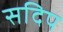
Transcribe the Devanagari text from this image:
सदिप